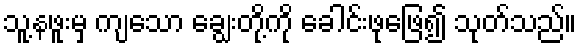
သူ့နဖူးမှ ကျသော ချွေးတို့ကို ခေါင်းဖုဖြေ၍ သုတ်သည်။